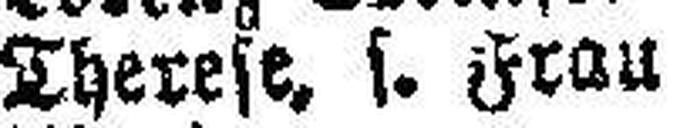
Therese, s. Frau